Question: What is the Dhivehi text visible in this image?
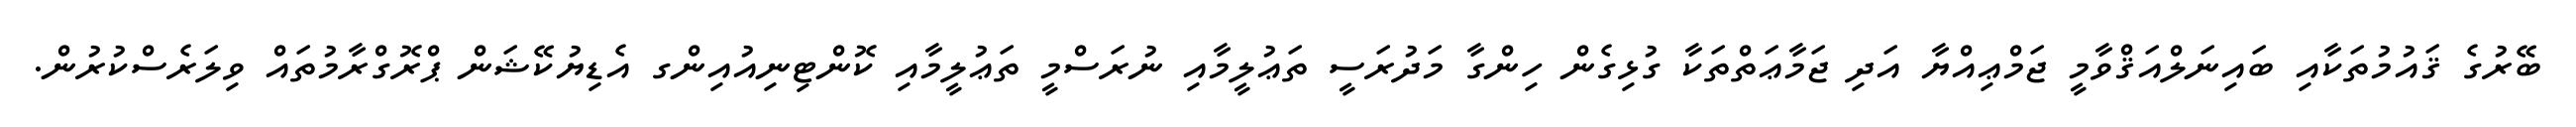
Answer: ބޭރުގެ ޤައުމުތަކާއި ބައިނަލްއަޤްވާމީ ޖަމްޢިއްޔާ އަދި ޖަމާޢަތްތަކާ ގުޅިގެން ހިންގާ މަދުރަސީ ތަޢުލީމާއި ނުރަސްމީ ތަޢުލީމާއި ކޮންޓިނިއުއިންގ އެޑިޔުކޭޝަން ޕްރޮގްރާމުތައް ވިލަރެސްކުރުން.